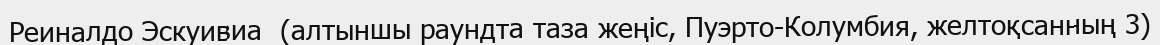
Реиналдо Эскуивиа  (алтыншы раундта таза жеңіс, Пуэрто-Колумбия, желтоқсанның 3)